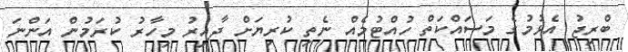
ބްރިޖު އެޅުމުގެ މަސައްކަތް ހުއްޓުމެއް ނެތި ކުރިޔަށް ދާއިރު މިހާރު ކުރަމުން އަންނަ